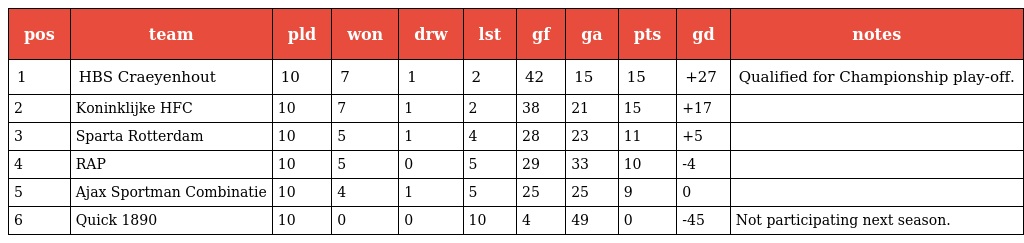
| pos | team | pld | won | drw | lst | gf | ga | pts | gd | notes |
 | --- | --- | --- | --- | --- | --- | --- | --- | --- | --- | --- |
 | 1 | HBS Craeyenhout | 10 | 7 | 1 | 2 | 42 | 15 | 15 | +27 | Qualified for Championship play-off. |
 | 2 | Koninklijke HFC | 10 | 7 | 1 | 2 | 38 | 21 | 15 | +17 |  |
 | 3 | Sparta Rotterdam | 10 | 5 | 1 | 4 | 28 | 23 | 11 | +5 |  |
 | 4 | RAP | 10 | 5 | 0 | 5 | 29 | 33 | 10 | -4 |  |
 | 5 | Ajax Sportman Combinatie | 10 | 4 | 1 | 5 | 25 | 25 | 9 | 0 |  |
 | 6 | Quick 1890 | 10 | 0 | 0 | 10 | 4 | 49 | 0 | -45 | Not participating next season. |